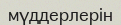
мүддерлерін